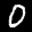
Label: 0